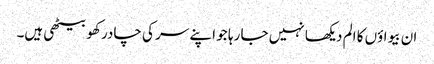
ان بیواؤں کا الم دیکھا نہیں جا رہا جو اپنے سر کی چادر کھو بیٹھی ہیں۔